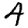
Digit: 4